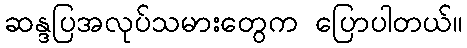
ဆန္ဒပြအလုပ်သမားတွေက ပြောပါတယ်။